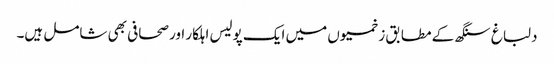
دلباغ سنگھ کے مطابق زخمیوں میں ایک پولیس اہلکار اور صحافی بھی شامل ہیں۔